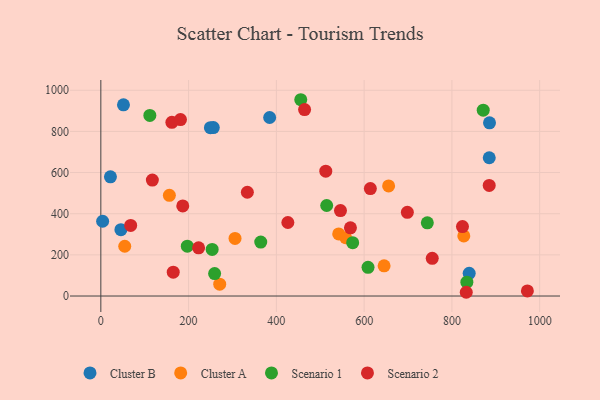
{"axis": {"x": "Investment", "y": "Yield"}, "legend": ["Cluster A", "Cluster B", "Scenario 1", "Scenario 2"], "data": [{"x": "51.6", "y": 929.4, "type": "Cluster B"}, {"x": "885.1", "y": 671.9, "type": "Cluster B"}, {"x": "256.3", "y": 818.6, "type": "Cluster B"}, {"x": "21.9", "y": 579.5, "type": "Cluster B"}, {"x": "384.7", "y": 867.6, "type": "Cluster B"}, {"x": "4.1", "y": 363.4, "type": "Cluster B"}, {"x": "885.7", "y": 841.9, "type": "Cluster B"}, {"x": "839.4", "y": 110.2, "type": "Cluster B"}, {"x": "45.8", "y": 322.5, "type": "Cluster B"}, {"x": "249.7", "y": 818.2, "type": "Cluster B"}, {"x": "270.9", "y": 57.4, "type": "Cluster A"}, {"x": "54.5", "y": 241.8, "type": "Cluster A"}, {"x": "305.8", "y": 279.8, "type": "Cluster A"}, {"x": "827.1", "y": 291.9, "type": "Cluster A"}, {"x": "542.0", "y": 302.0, "type": "Cluster A"}, {"x": "655.8", "y": 534.9, "type": "Cluster A"}, {"x": "156.2", "y": 489.6, "type": "Cluster A"}, {"x": "645.5", "y": 146.7, "type": "Cluster A"}, {"x": "558.0", "y": 283.2, "type": "Cluster A"}, {"x": "608.9", "y": 139.3, "type": "Scenario 1"}, {"x": "871.4", "y": 903.0, "type": "Scenario 1"}, {"x": "197.1", "y": 242.2, "type": "Scenario 1"}, {"x": "455.6", "y": 954.0, "type": "Scenario 1"}, {"x": "259.3", "y": 109.3, "type": "Scenario 1"}, {"x": "111.7", "y": 877.9, "type": "Scenario 1"}, {"x": "364.4", "y": 262.0, "type": "Scenario 1"}, {"x": "573.9", "y": 259.1, "type": "Scenario 1"}, {"x": "834.1", "y": 67.2, "type": "Scenario 1"}, {"x": "514.7", "y": 440.0, "type": "Scenario 1"}, {"x": "744.0", "y": 355.8, "type": "Scenario 1"}, {"x": "253.7", "y": 226.3, "type": "Scenario 1"}, {"x": "568.8", "y": 331.6, "type": "Scenario 2"}, {"x": "165.0", "y": 115.8, "type": "Scenario 2"}, {"x": "68.0", "y": 343.2, "type": "Scenario 2"}, {"x": "333.9", "y": 504.3, "type": "Scenario 2"}, {"x": "824.1", "y": 337.7, "type": "Scenario 2"}, {"x": "832.7", "y": 18.2, "type": "Scenario 2"}, {"x": "426.2", "y": 357.3, "type": "Scenario 2"}, {"x": "972.0", "y": 24.6, "type": "Scenario 2"}, {"x": "614.2", "y": 522.3, "type": "Scenario 2"}, {"x": "161.9", "y": 844.2, "type": "Scenario 2"}, {"x": "117.4", "y": 563.5, "type": "Scenario 2"}, {"x": "181.5", "y": 857.5, "type": "Scenario 2"}, {"x": "512.6", "y": 606.7, "type": "Scenario 2"}, {"x": "186.7", "y": 437.8, "type": "Scenario 2"}, {"x": "698.5", "y": 406.8, "type": "Scenario 2"}, {"x": "885.0", "y": 537.7, "type": "Scenario 2"}, {"x": "755.2", "y": 183.1, "type": "Scenario 2"}, {"x": "222.8", "y": 234.1, "type": "Scenario 2"}, {"x": "546.1", "y": 415.5, "type": "Scenario 2"}, {"x": "464.3", "y": 905.9, "type": "Scenario 2"}]}